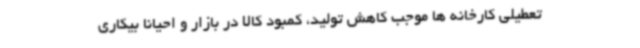
تعطیلی کارخانه ها موجب کاهش تولید، کمبود کالا در بازار و احیانا بیکاری